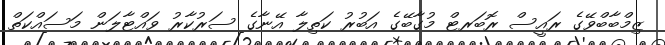
ޒިމްބާބްވޭގެ ރައީސް ރޮބަރޓް މުގާބޭގެ އަބުރު ކަތިލާ އޭނާގެ ސަރުކާރު ވައްޓާލަން މަސައްކަތް